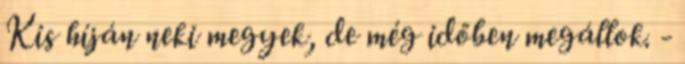
Kis híján neki megyek, de még időben megállok. -